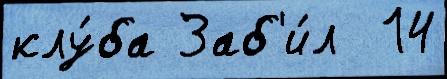
клу́ба Заб'и́л  14